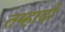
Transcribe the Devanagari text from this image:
तम्हादो